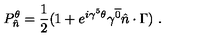
P _ { \hat { n } } ^ { \theta } = { \frac { 1 } { 2 } } ( 1 + e ^ { i \gamma ^ { 5 } \theta } \gamma ^ { \overline { { 0 } } } \hat { n } \cdot \Gamma ) \ .